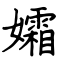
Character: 孀